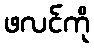
ဖလင်ကို